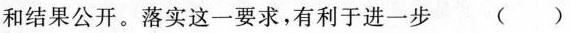
和结果公开。落实这一要求，有利于进一步（ ）